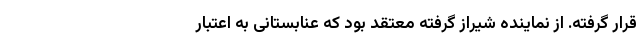
قرار گرفته. از نماینده شیراز گرفته معتقد بود که عنابستانی به اعتبار